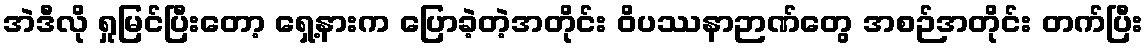
အဲဒီလို ရှုမြင်ပြီးတော့ ရှေ့နားက ပြောခဲ့တဲ့အတိုင်း ဝိပဿနာဉာဏ်တွေ အစဉ်အတိုင်း တက်ပြီး